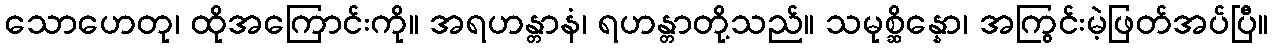
သောဟေတု၊ ထိုအကြောင်းကို။ အရဟန္တာနံ၊ ရဟန္တာတို့သည်။ သမုစ္ဆိန္နော၊ အကြွင်းမဲ့ဖြတ်အပ်ပြီ။